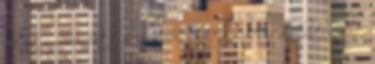
kicsit szomorú lett és hirtelen felvette isteni alakját. -Hát,